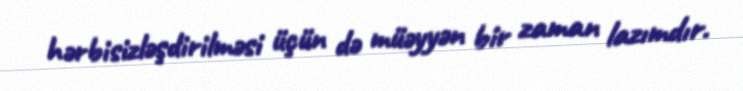
hərbisizləşdirilməsi üçün də müəyyən bir zaman lazımdır.